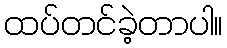
ထပ်တင်ခဲ့တာပါ။